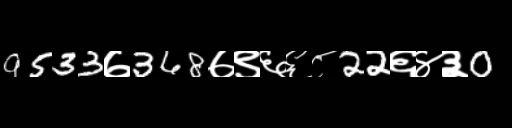
Text: 9533७368७९६६८22६४३0